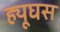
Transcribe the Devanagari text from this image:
ह्यूघस